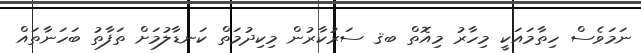
ނަމަވެސް ހިތާމައަކީ މިހާރު މިއޮތް ބޤ ސަރުކާރުން މިކިދުމަތް ކަނޑާލުމަށް ތަފާތު ބަހަނާތައް